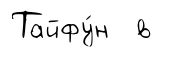
Тайфу́н в